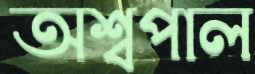
অশ্বপাল